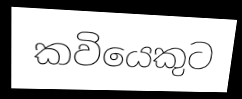
කවියෙකුට